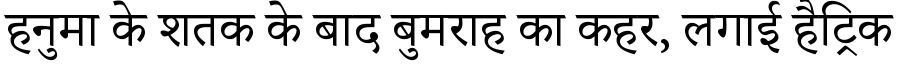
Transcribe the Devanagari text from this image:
हनुमा के शतक के बाद बुमराह का कहर, लगाई हैट्रिक